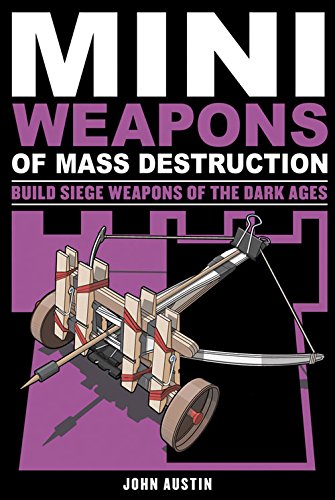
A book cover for Mini Weapons of Mass Destruction 3: Build Siege Weapons of the Dark Ages; John Austin; Science & Math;